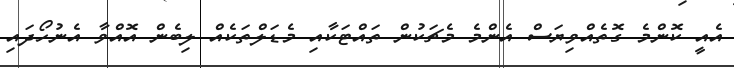
އެއީ ކޮންމެ ގޮތެއްވިޔަސް އެންމެ މެޗަކުން ތައްޓަކާއި މެޑަލްތަކެއް ލިބެން އޮއްވާ އެނުހޯދައި